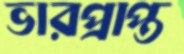
ভারপ্রাপ্ত